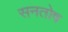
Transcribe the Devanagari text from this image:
सनतोष